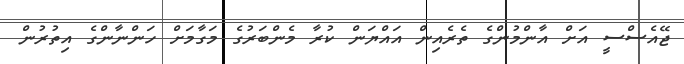
ޖޭއެސްސީ އަށް އާންމުންގެ ތެރެއިން އައްޔަން ކުރާ މެންބަރުގެ މަގާމަށް ހަންނާންގެ އިތުރުން